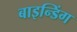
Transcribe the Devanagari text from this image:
बाइन्डिंग